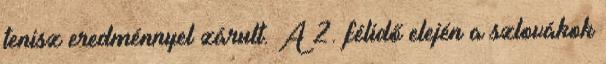
tenisz eredménnyel zárult. A 2. félidő elején a szlovákok